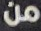
من